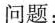
问题: